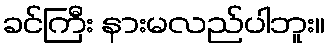
ခင်ကြီး နားမလည်ပါဘူး။